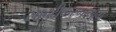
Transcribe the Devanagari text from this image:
सादरीकरणामागे